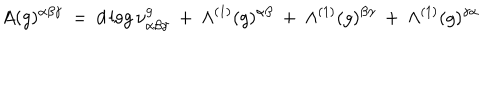
A ( g ) ^ { \alpha \beta \gamma } \: = \: d \log \nu _ { \alpha \beta \gamma } ^ { g } \: + \: \Lambda ^ { ( 1 ) } ( g ) ^ { \alpha \beta } \: + \: \Lambda ^ { ( 1 ) } ( g ) ^ { \beta \gamma } \: + \: \Lambda ^ { ( 1 ) } ( g ) ^ { \gamma \alpha }